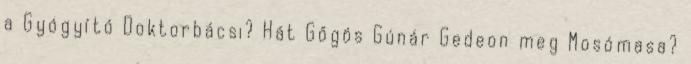
a Gyógyító Doktorbácsi? Hát Gőgös Gúnár Gedeon meg Mosómasa?